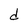
Character: d